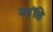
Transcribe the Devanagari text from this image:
आॉहे